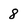
Character: 8